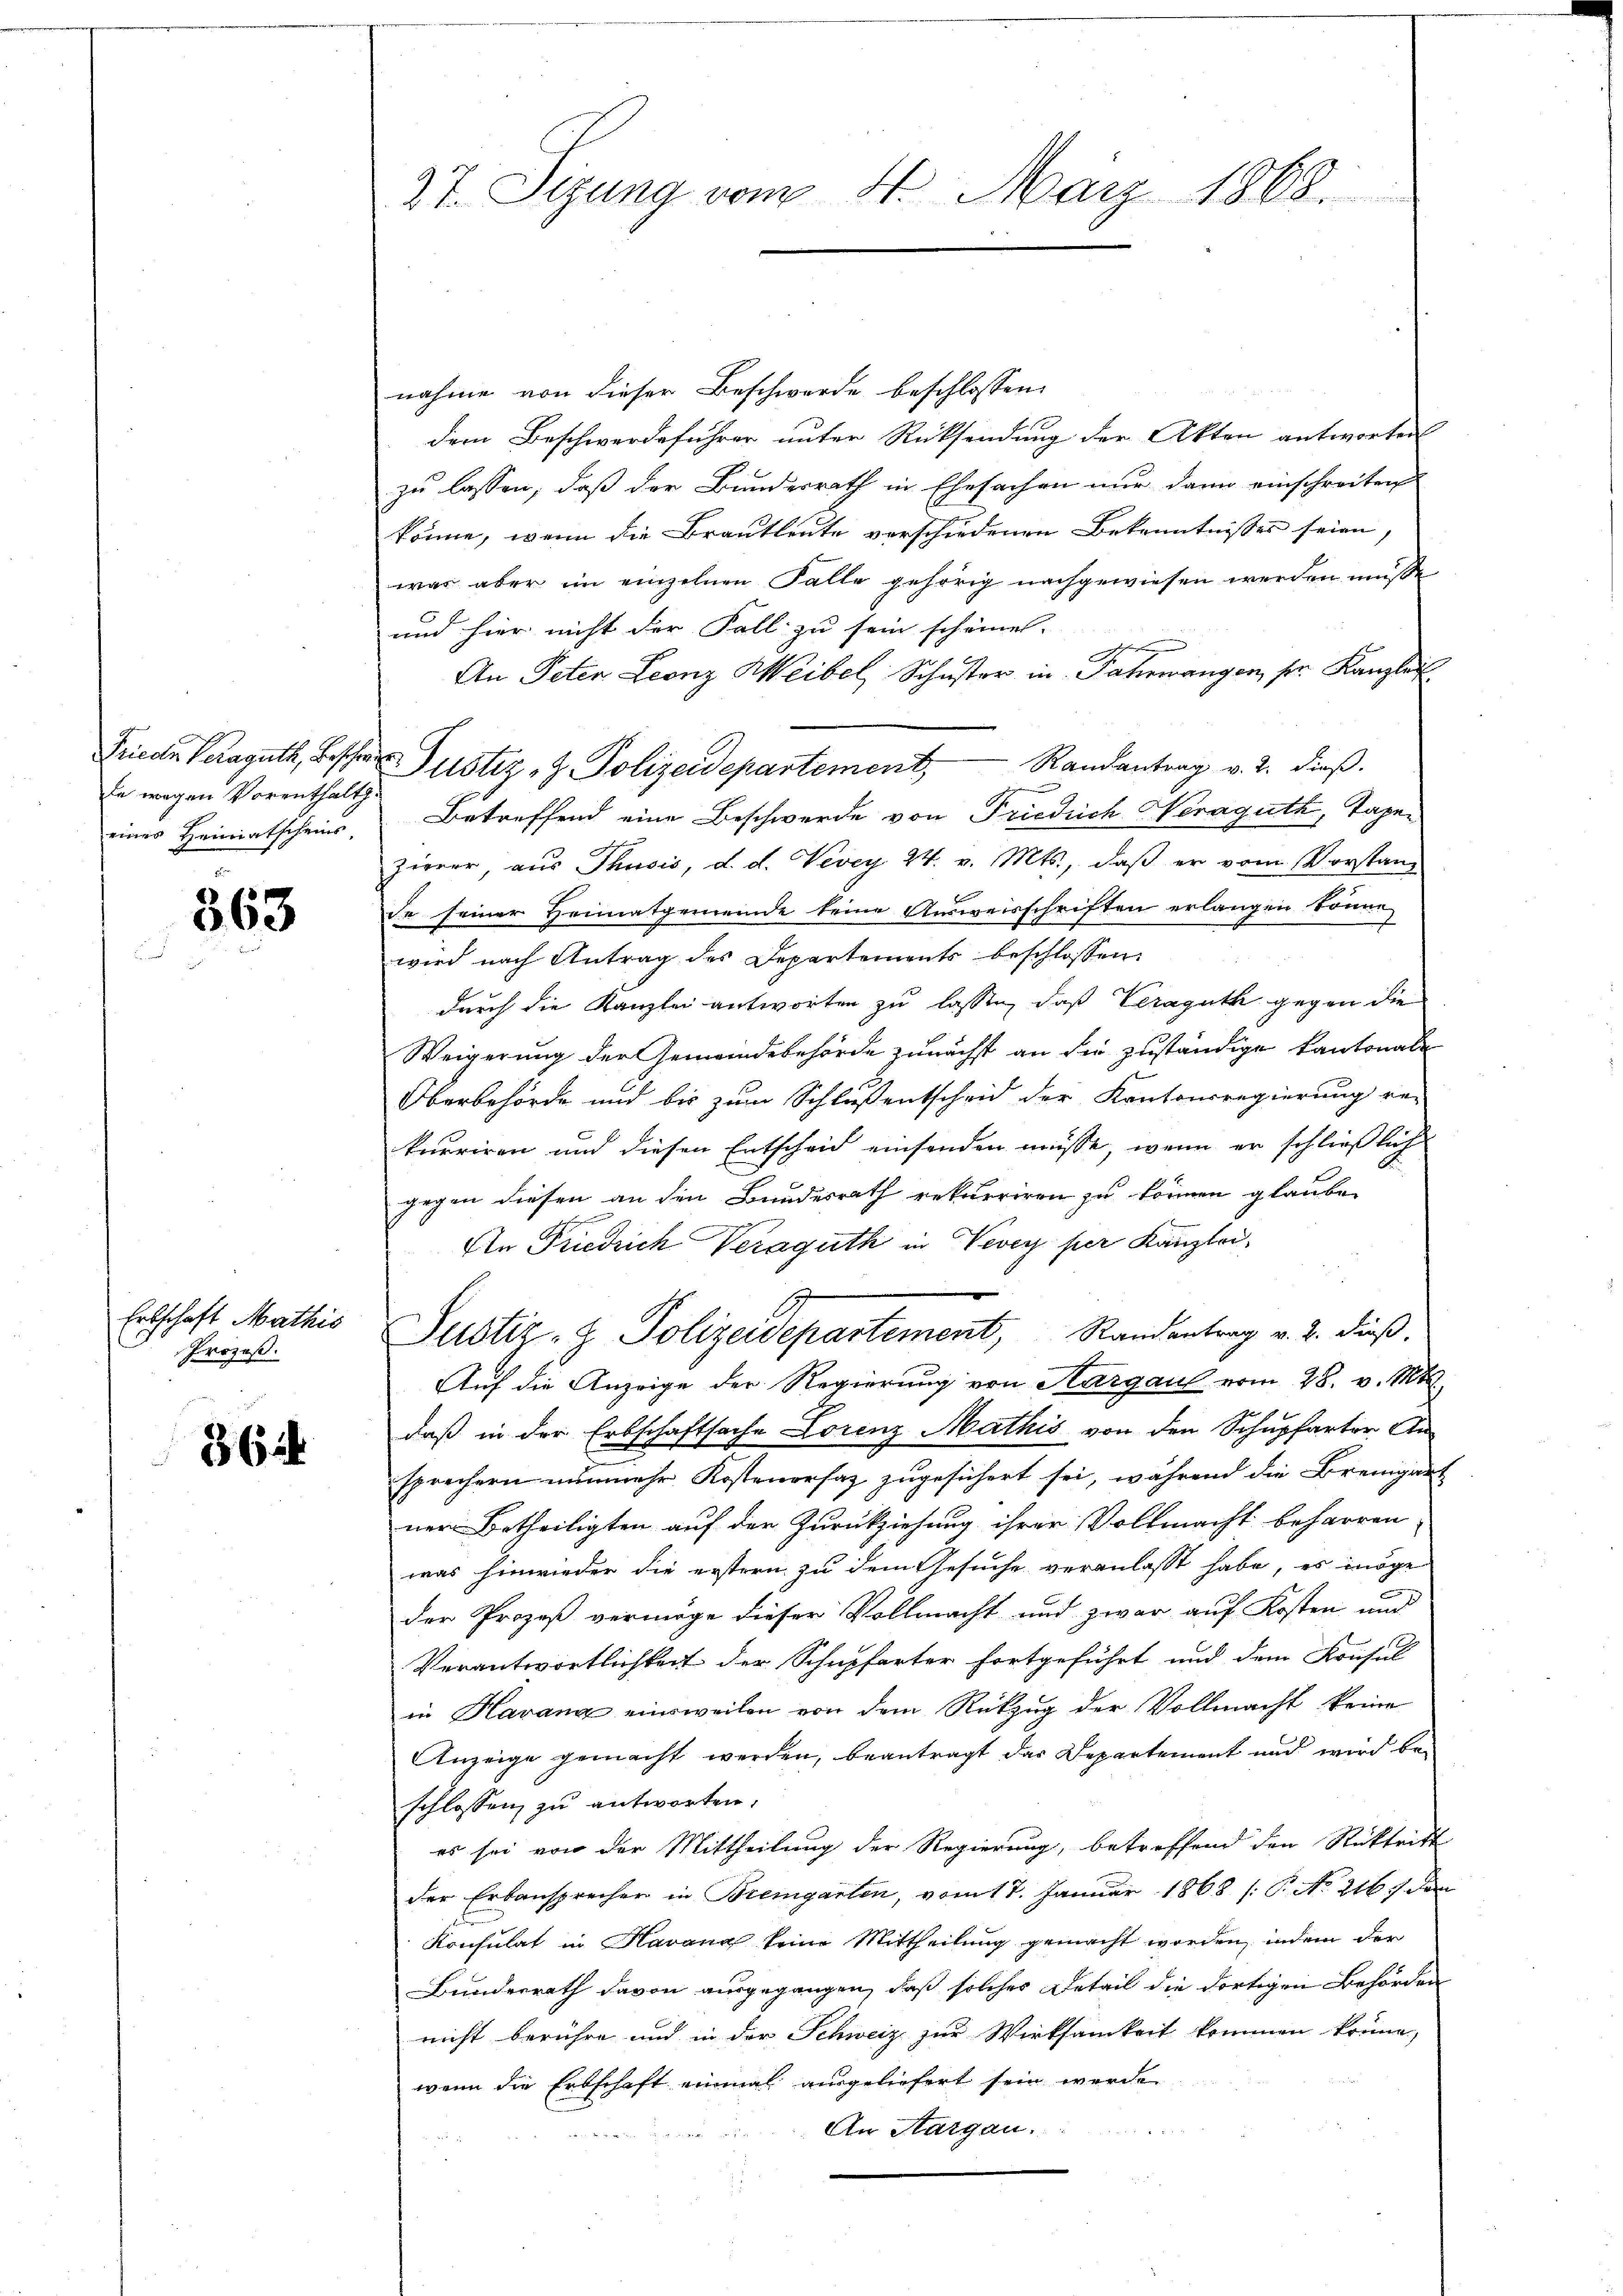
Frieden Veraguth, Beschen
fe wegen Vorenthalt.
eines Heimatscheins,

363

Erbschaft Mathis
Prozeß.

864

27. Sizung vom 4. März 1868.

nahme von dieser Beschwerde beschlossen:
dem Beschwerdeführer unter Rücksendung der Akten antworten
zu lassen, daß der Bundesrath in Ehesachen nur dann einschreiten
könne, wenn die Brautleute verschiedenen Bekenntnisses seien,
was aber im einzelnen Falle gehörig nachgewiesen werden müsse
und hier nicht der Fall zu sein scheinen. |
r
An Peten Leonz Weibel, Schuster in Jahrwangen pr. Kanzlei
Justiz- & Polizeidepartement, Randantrag v. 2. dieβ.
Betreffend eine Beschwerde von Friedrich Neraguth, Tagen
zierer, aus Thusis, d. d. Vevey 24. v. Mts., daβ er vom Vorstanz
de seiner Heimatgemeinde keine Ausweisschriften erlangen könne
wird nach Antrag des Departements beschlossen
durch die Kanzlei antworten zu lassen, daß Veraguth gegen die
Weigerung der Gemeindebehörde zunächst an die zuständige Kantonale
Oberbehörde und bis zum Schlussentscheid der Kantonsregierung re-
kurriren und diesen Entscheid einsenden müsse, wenn er schließlich
gegen diesen an den Bundesrath rekurriren zu können glauben
An Friedrich Veraguth in Vevey per Kanzlei.
Justiz- & Polizeidepartement, Randantrag v. 2. dieß.
Auf die Anzeige der Regierung von Aargau vom 28. v. Mtt.
daß in der Erbschaftsache Lorenz Mathis von den Schupfarter An-
sprechern nunmehr Kostenorsaz zugesichert sei, während die Bremgar
ner Betheiligten auf der Zurückziehung ihrer Vollmacht beharren
was hinwieder die erstern zu dem Gesuche veranlasst habe, es möge
der Prozeß vermöge dieser Vollmacht und zwar auf Kosten und
Verantwortlichkeit der Schupferter fortgeführt und dem Konsul
in Havana einsweilen von dem Rückzug der Vollmacht keine
Anzeige gemacht werden, beantragt das Departement und wird bei
schlossen zu antworten.
es sei von der Mittheilung der Regierung, betreffend den Rücktritt
der Erbansprechen in Bremgarten, vom 17. Januar 1868 /: P. No. 216. de
Konsulat in Havana keine Mittheilung gemacht worden, indem der
Bunderrath davon ausgegangen, daß solches Detail die dortigen Behörden
nicht berühre und in der Schweiz zur Wirksamkeit kommen könne,
wenn die Erbschaft einmal ausgeliefert sein werde.
An Aargau.
x